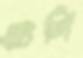
ওর্লি